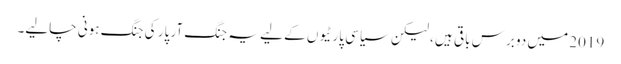
2019 میں دو برس باقی ہیں ، لیکن سیاسی پارٹیوں کے لیے یہ جنگ آر پار کی جنگ ہونی چالیے۔